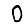
Digit: 0